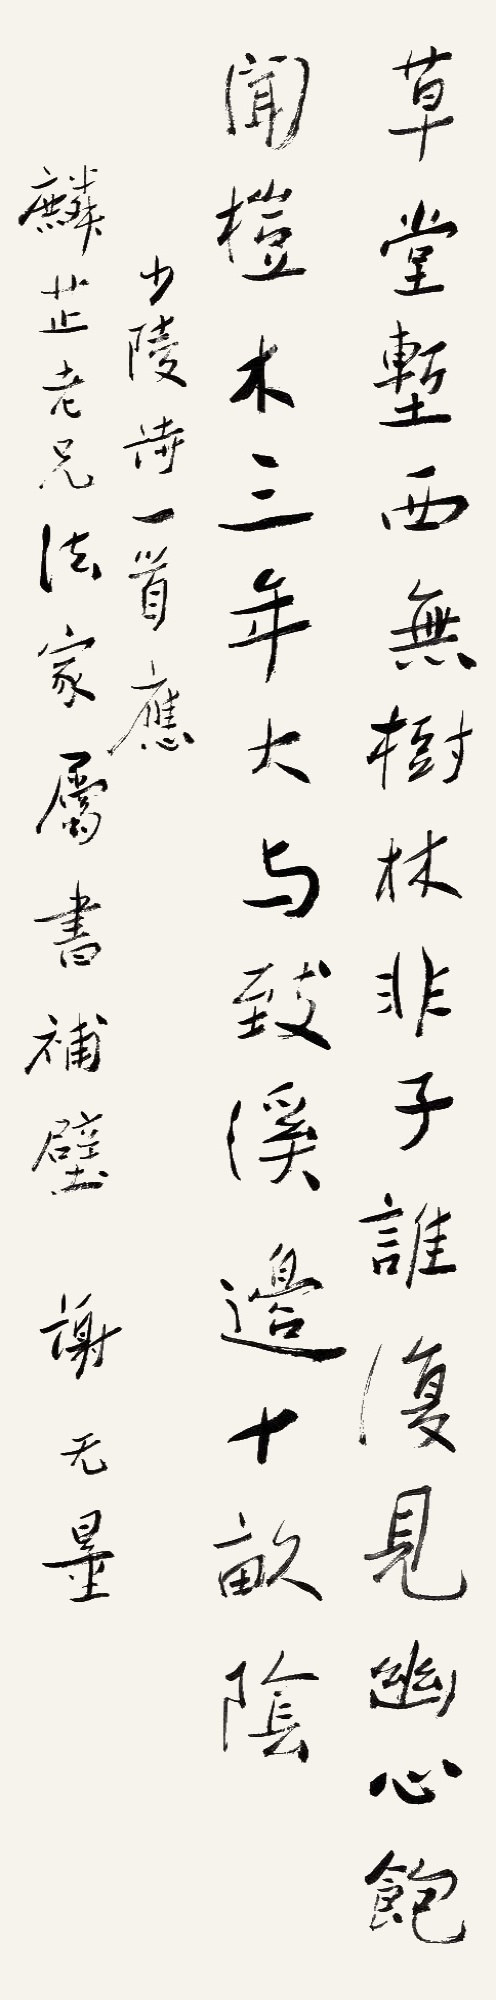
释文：草堂堑西无树林，非子谁复见幽心。饱闻桤木三年大，与致溪边十亩阴。少陵诗一首，应麟芷老兄法家属书补壁，谢无量。